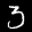
Label: 3